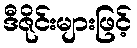
ဒီဇိုင်းများဖြင့်